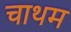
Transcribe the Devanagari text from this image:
चाथम